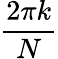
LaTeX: \frac{2\pi k}{N}